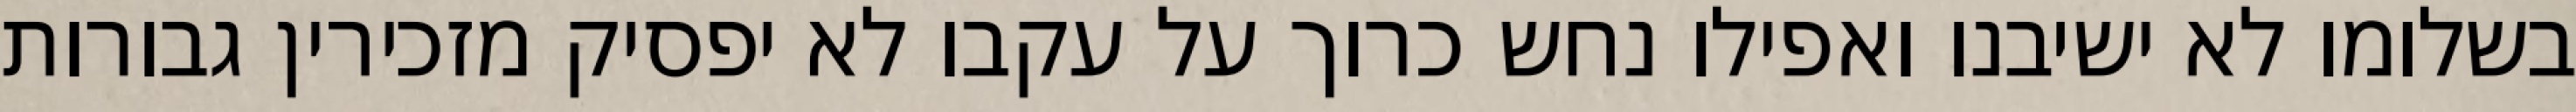
בשלומו לא ישיבנו ואפילו נחש כרוך על עקבו לא יפסיק מזכירין גבורות